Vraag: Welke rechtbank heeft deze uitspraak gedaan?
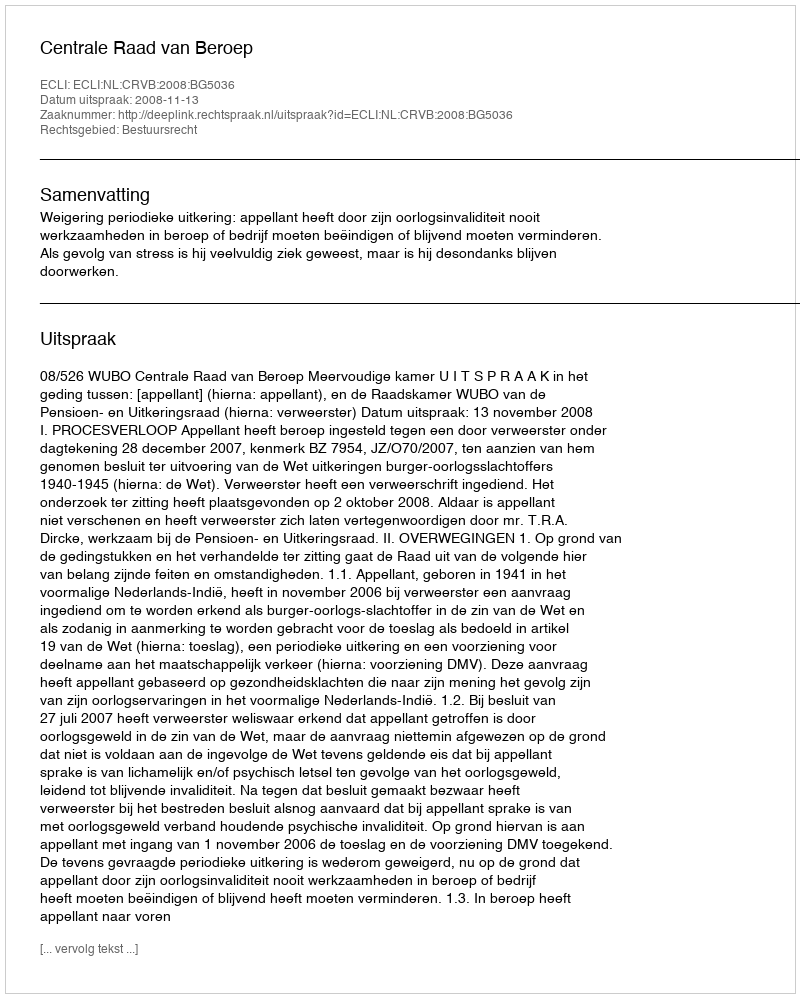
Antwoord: Centrale Raad van Beroep